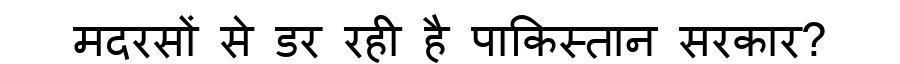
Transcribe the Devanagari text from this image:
मदरसों से डर रही है पाकिस्तान सरकार?